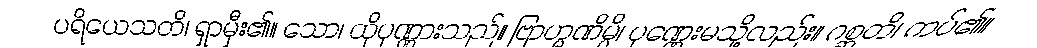
ပရိယေသတိ၊ ရှာမှီး၏။ သော၊ ထိုပုဏ္ဏားသည်။ ဗြာဟ္မဏိမ္ပိ၊ ပုဏ္ဏေးမသို့လည်း။ ဂစ္ဆတိ၊ ကပ်၏။